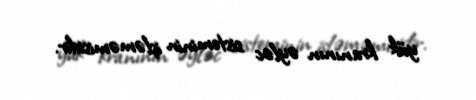
yük kranının əyləc sisteminin işləməmisidir.